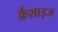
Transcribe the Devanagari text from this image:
फ्रैंशाइज